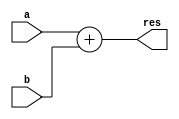
module ADDER(
	input [31:0] a,b,
	output reg [31:0] res
);

initial
begin
	res = 32'b0;
end

always@(*)begin
	res <= a + b;
end

endmodule